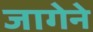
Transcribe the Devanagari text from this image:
जागेने